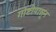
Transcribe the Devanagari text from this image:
गोष्टीपासून